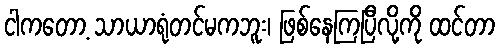
ငါကတော့ သာယာရုံတင်မကဘူး၊ ဖြစ်နေကြပြီလို့ကို ထင်တာ